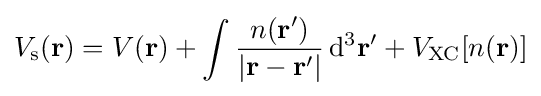
V_{\text{s}}(\mathbf {r} )=V(\mathbf {r} )+\int {\frac {n(\mathbf {r} ')}{|\mathbf {r} -\mathbf {r} '|}}\,\mathrm {d} ^{3}\mathbf {r} '+V_{\text{XC}}[n(\mathbf {r} )]